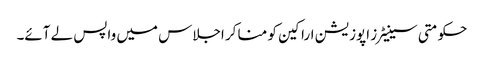
حکومتی سینیٹرز اپوزیشن اراکین کو منا کر اجلاس میں واپس لے آئے۔